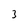
Character: 3